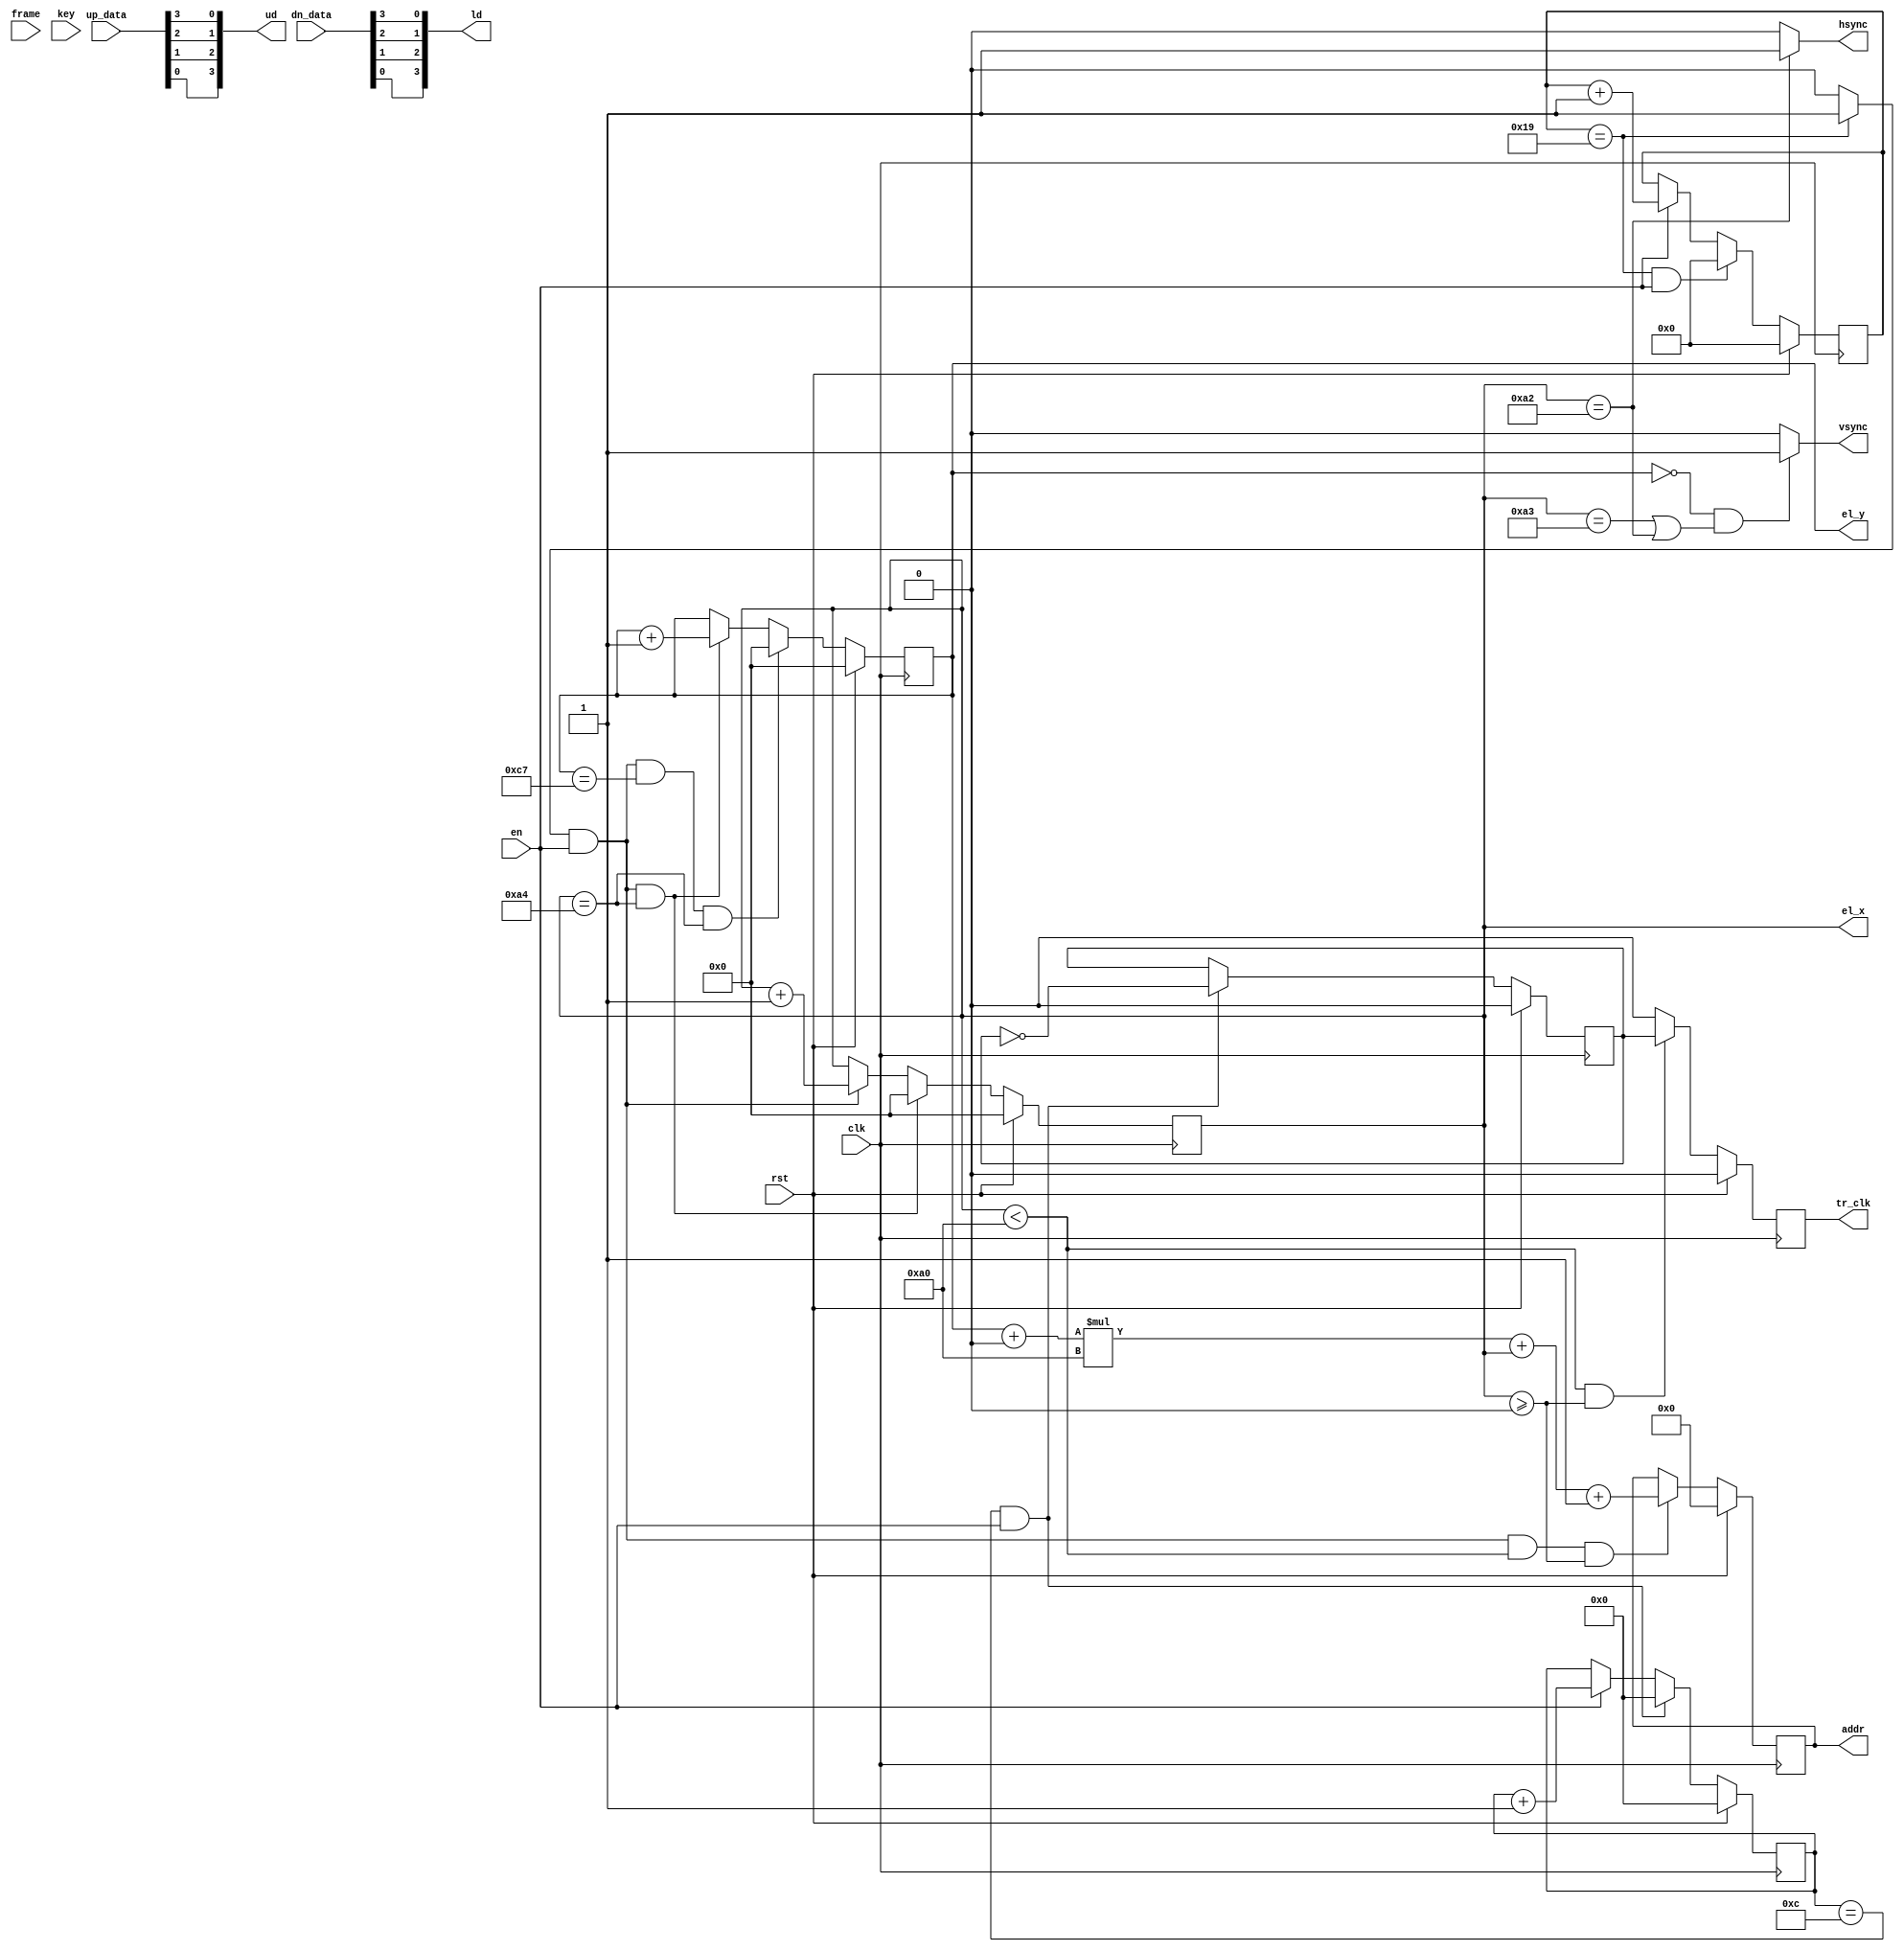
`timescale 1ns / 1ps
//////////////////////////////////////////////////////////////////////////////////
// Company: 
// 
// Design Name: 
// Module Name: timing_gen
// Project Name: hdmi2el
// Target Devices: 
// Tool Versions: 
// Description:  EL display timing generation, has been verified on SHARP LJ64HB34 640*400@120Hz

// 
// Dependencies: 
// 
// Revision:
// Revision 0.01 - File Created
// Additional Comments:
// 
//////////////////////////////////////////////////////////////////////////////////


module timing_gen#(
            parameter FREQ_IN = 100000000,
		    parameter X_RES = 640,
			parameter Y_RES = 200, //y_res equals to half of the actual resolution due to two halves refresh simutaneously 
			parameter FPS     = 120,//target fps
			parameter H_BLANK = 5,//reserve for hsync
			parameter V_BLANK = 0,// no vsync time needed
			parameter Y_OFFSET = 0//refresh offset

)(
        //reset & clk
        input clk,
        input rst,      
        input en,
        
        //ram port
        input [3 : 0] up_data,                     //upper 4bits
        input [3 : 0] dn_data,                     //lower 4bits
        output  reg [16 : 0] addr,       //80*400 bytes per frame, addressing space is 32000
        //ctrl port
        input frame, //frame indicator, 0 indicates that A buffer is busy, 1 indicates B buffer is busy
        //EL display port
        output reg tr_clk,// EL Xfer clock
        output wire hsync,//horizonal SYNC, indicates the end of each row  (freq = FPS*Y_RES)
        output wire vsync,//vertical SYNC, indicates the end of each frame( freq = FPS)
                         
        output wire [3 : 0] ud,
        output wire [3 : 0] ld,      
        //debug port
        input [3 : 0] key,  //KEY INPUT FOR DEBUG
        output [$clog2(X_RES/4)-1:0] el_x,
        output [$clog2(Y_RES)-1:0]  el_y
        
    );
    
    localparam DIV_CNT = FREQ_IN/(X_RES/4)/Y_RES/FPS/2 - 1;// 2640/4 * 200 * 120Hz = 3.84Mhz
    localparam SYNC_CNT = FREQ_IN/(X_RES/4)/Y_RES/FPS - 1;//

    reg clk_div;
    wire sync_flag;//
    reg [$clog2(DIV_CNT)-1:0]     div_cntr;//Xfer clk divider counter
    reg [$clog2(SYNC_CNT)-1:0]  sync_cntr;//low frequency sync counter
    reg [$clog2(X_RES/4)-1:0]      row_cntr;//row counter
    reg [$clog2(Y_RES)-1:0]          col_cntr;//column counter
    
    reg frame1;
    
    assign sync_flag = (sync_cntr == SYNC_CNT) ? 1'b1 : 1'b0;//
    assign el_x = row_cntr;
    assign el_y = col_cntr;

    //Data allocating ,according to pixel arrangement , please refer to datasheet
    assign ud[0] = up_data[3];  //reverse data line
    assign ud[1] = up_data[2];
    assign ud[2] = up_data[1];
    assign ud[3] = up_data[0];
    
    assign ld[0] = dn_data[3]; //reverse data line
    assign ld[1] = dn_data[2];
    assign ld[2] = dn_data[1];
    assign ld[3] = dn_data[0];
    
//       assign ud = key;
//       assign ld = ud;
    
    //register xfer clk
    always @(posedge clk) begin
        if(rst) 
            tr_clk<= 0;
        else
            tr_clk<= (row_cntr < X_RES/4 && row_cntr >=0 )? clk_div : 1'b0;
    end


    //Xfer clk generating
    always@(posedge clk) begin
        if(rst) begin
            clk_div <= 0;
            div_cntr <=0;
            end
        else if (div_cntr == DIV_CNT && en) begin        
            div_cntr <= 0;
            clk_div <= !clk_div;
            end       
        else if (en)
            div_cntr <= div_cntr + 1'b1;
        else 
            div_cntr <= div_cntr;   
    end
    
        //sync_div generating
    always@(posedge clk) begin
        if(rst)
            sync_cntr <=0;
        else if (sync_cntr == SYNC_CNT && en)        
            sync_cntr <= 0;      
        else if (en)
            sync_cntr <= sync_cntr + 1'b1;
        else 
            sync_cntr <= sync_cntr;   
    end
    

    //row counter, each row consists of X_RES/4 Xfers
    always@(posedge clk) begin
        if(rst) 
           row_cntr <= 0;
        else if (sync_flag && en && row_cntr == X_RES/4 + H_BLANK - 1)   // counting value of each row equals to data section + blank section 
           row_cntr <= 0;
        else if (sync_flag && en)   
           row_cntr <= row_cntr + 1'b1;
        else
            row_cntr <= row_cntr;   
    end
    
    //column counter, each frame consists of Y_RES rows
    always@(posedge clk) begin
        if(rst) 
           col_cntr <= 0;
        else if (sync_flag && en && col_cntr == Y_RES + V_BLANK -1 && row_cntr == X_RES/4 + H_BLANK - 1)    //col counter reset can only happen at the end of the row scan
           col_cntr <= 0;
        else if (sync_flag && en && row_cntr == X_RES/4 + H_BLANK - 1)   
           col_cntr <= col_cntr + 1'b1;
        else
            col_cntr <= col_cntr;   
    end  
    
  //hsync process
        assign hsync = (row_cntr ==  X_RES/4 + H_BLANK - 3 )? 1'b1 : 1'b0 ; //set the exact position of hsync 
        
    //vsync process    
        assign vsync = (col_cntr == 0) &&((row_cntr ==  X_RES/4 + H_BLANK - 2) || (row_cntr ==  X_RES/4 + H_BLANK - 3) )  ? 1'b1 : 1'b0 ;

    //ram address adding process
    always @(posedge clk) begin
        if(rst)
            addr <= 0;
//       else if (en && row_cntr < X_RES/4 && row_cntr >=0 && frame1 )
       else if (sync_flag && en && row_cntr < X_RES/4 && row_cntr >=0)
         addr <= (col_cntr + Y_OFFSET ) * 160 + row_cntr +1; //calculate exact address  A bufferB buffer +1gram
         
//        else if (en && row_cntr < X_RES/4 && row_cntr >=0 && !frame1 )
//        else if (en && row_cntr < X_RES/4 && row_cntr >=0)
//            addr <= (col_cntr + Y_OFFSET + 240 ) * 160 + row_cntr + 1; //calculate exact address    B bufferA buffer        
       else
            addr <= addr; 
    end

    //frame indicating process
    always @(posedge clk) begin
        if(rst)
            frame1 <= 0;
        else if (sync_flag && en && (col_cntr == Y_RES + V_BLANK -1) && (row_cntr == X_RES/4 + H_BLANK - 1))
            frame1 <= frame;   //A buffer OR B buffer
        else
            frame1 <= frame1; 
    end


endmodule